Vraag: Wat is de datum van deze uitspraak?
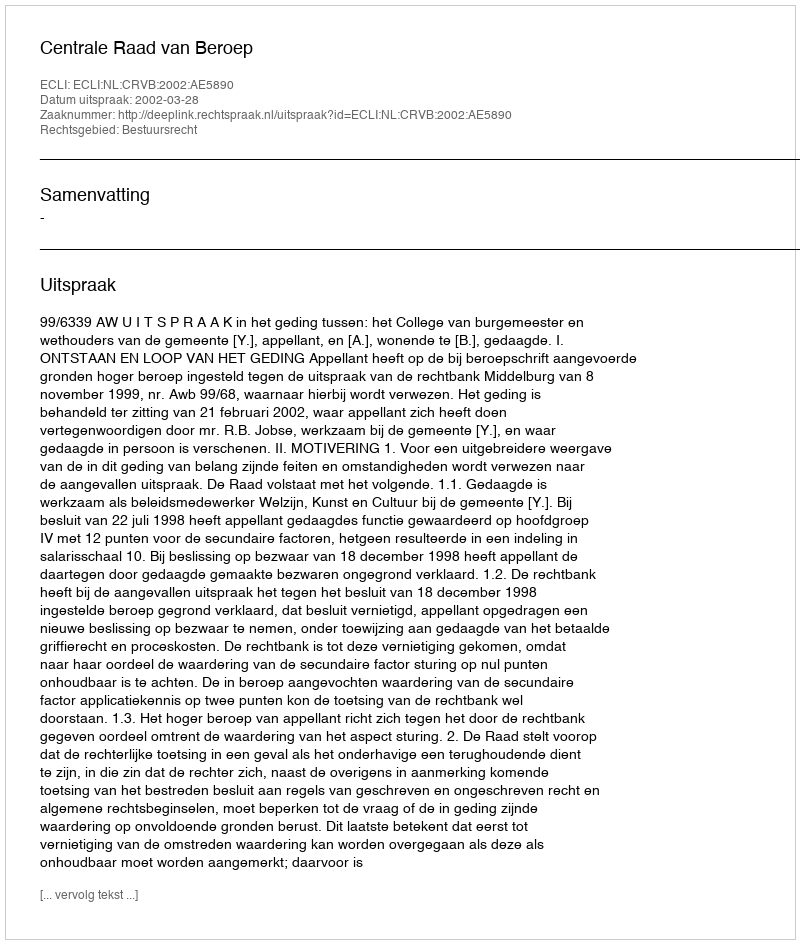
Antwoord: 2002-03-28